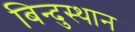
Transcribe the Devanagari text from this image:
बिन्दुस्थान